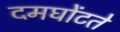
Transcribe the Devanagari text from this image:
दमघोंटते